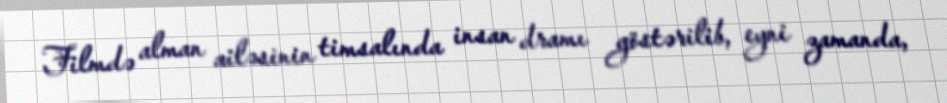
Filmdə alman ailəsinin timsalında insan dramı göstərilib, eyni zamanda,